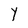
Character: Y